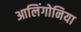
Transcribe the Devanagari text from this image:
आलिंगोनिया